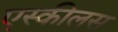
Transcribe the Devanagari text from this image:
एस्कीलस